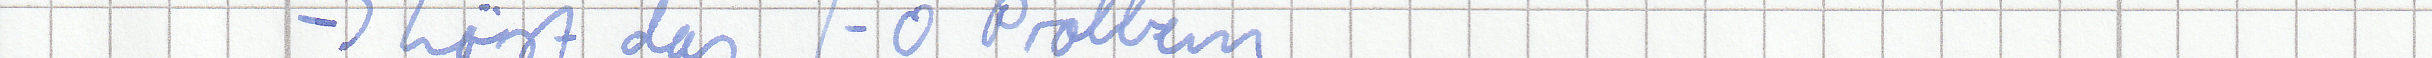
-> Löst das I-O Problem